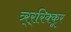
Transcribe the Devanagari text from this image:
त्र्र्र्रिक्कूर